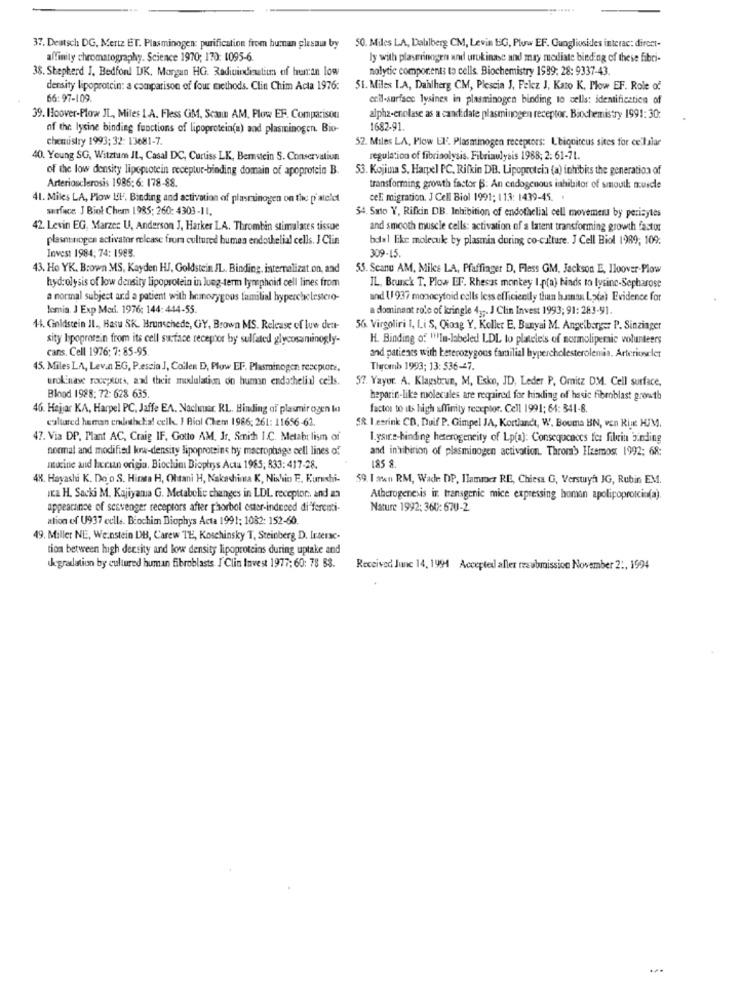
37. Deutsch DG, Mertz ET. Plasminogen: purification from human plesmia by
50. Miles LA, Dahlberg CM, Levin EG, Pluw EF. Cungliosides interac: direct-
affinity chromatography. Science 1970; 170: 1095-6
ly with plasminogen and urokinase and may modiate bieding of these fibri-
38. Shepherd J. Bedfon! DK, Morgan HG. Radiuindnaliu of human low
nolytic compor.ents to cells. Biochemistry 1999: 28: 9337-43.
density lipoprotein: a comparison of four methods. Clin Chim Acta 1976:
51. Miles I.A, Dahlherg CM, Plescia J, Felez J, Kato K. Plow EF. Role of
66: 97-109.
enil-surface lysines in plasminogen binding to cells: identification of
39. Hoover-Plow JL, Miles 1.A. Fless GM, Scan AM. Plow EF. Comparison
alpha-enolase as a candidate plasminogen receptor. Biochemistry 1991: 30:
of the lysine binding functions of lipoprotein(a) and plasminogen. Bio-
1682-91.
chemistry 1993; 32: 13681-7.
52. Miles LA. Plow LI. Plasminogen receptors: Ubiquitous sites for cellalar
40. Young SG, Witztam JL, Casal DC, Curtiss LK, Bemstein S. Conservatiun
regulation of fibrinolysis. Fibriaulysis 1988; 2: 61-71.
of the low density lipoprotein receptur-binding domain of apoprotein B.
53. Kojima S. Harpel PC, Rifkin DB. Lipoprotein (a) inhibis the generation of
Arteriosclerosis 1986; 6: 178-88.
transforming growth factor B: An endogenous inhibitor of smoull: muscle
41. Miles LA, Plow LEI, Binding and activation of plasrunogen on the p'atelet
celi migration. J Cell Biol 1991; 113: 1439-45. .
surface J Biol Chem 1985: 260: 4303-11.
54. Sato Y, Rifkin DB. Inhibition of endothelial cell movemed by perisytes
42. Levin EG, Marzec U, Anderson J, Harker LA. Thrombin stimulates tissue
and smooth muscle cells: activation of a latent transforming growth factor
plasmonogen activator release frora cultured bumes endothelial cells. J Clin
bdal like molecule by plasmia during co-cilture. J Cell Biol 1989; 109:
Invest 1984; 74: 1983.
309-15.
43. Ho YK. Brown MS, Kayden HJ, Goldstein IL. Binding, internalizat.on, and
55. Scanu AM, Miks LA, Pfaffinger D, Fless GM, Jackson E, Iloover-Plow
hydrolysis of low density lipoprotein in long-term lymphoid cell lines from
IL, Brunc'k T. Plow DF. Rhesas monkey I.p(a) finds to lysine-Sepharose
a normal subject and a patient with homozygous familial hypercholestero-
and U 937 monocytoid cells less efficiently than hmt Lxa) Evidence for
lemia. J Exp Med. 1976; 144: 444-55.
dominant role of kringle 43 ;. J Clin Invest 1993; 91: 283-91.
41. Goldstein IL ., Hasu SK. Brunschede, GY, Brown MS. Release of luw dett-
56. Virgoliri I, Li S, Qiong Y, Koller E. Bunyai M. Angelbarger P. Sinzinger
sity bpoprotein from its cell surface receptor by sullated glycosaminogly-
H. Binding of 11'In-labeled LDL to platelets of mormoliperic volunteers
cans. Cell 1976; 7: 85-95.
and patients with heterozygous familial hypercholesterolenia. Arteriosler
45. Miles LA, Levan EG, P.escia J, Collen D, Plow EF. Plasmainogen rescpuare,
Thromb 1993; 13: 536-47.
urokinase roceptors, and their mixulation on human endothelial cells.
57. Yayor. A. Klagsbrun, M, Esko, JD, Leder P. Omitz DM. Cell surface,
Blood 1928: 72: 628 635.
heparin-like tuolecuales are required for hiading of basic fibroblast growth
46. Hejar KA, Harpel PC, Jaffe EA. Nachmuar. RL. Binding of plasmir ogen la
factos to its high affinity receptor. Cell 1991; 64: 341-8.
caltured hernan endethelia! eelk. I Biol Chem 1986; 261: 11656-62.
SR. I.esrink CD, Duif P. Gimpel JA, Kortlandt, W. Bouma BN, ven Kijkt HJM.
47. Via DP, Mant AC, Craig IF, Gotto AM, Jr. Smith I.C. Metabolism of
I.ysirs-binding heterogeneity of Lp(a): Consequences fer fibrin binding
normal and modified korw-density lipoproteins by macrophage cell lines of
and inhibirion of plasminogen activation. Throm'> Hzemos 1992; 68:
185 8.
mucine and herun origin. Biochim Bioptrys Actu 1985; 833: 417-28.
48. Hayashi K. Do o S. Hirata H, Ohtani H, Nakachina K, Nishio E. Kuruchi-
59. I aten RM, Wade DP, Ilammer RE, Chiesa G, Verstuya JG, Rubin EM.
wca H. Sacki M, Kajiyama G. Metabolic changes in LDL receptor ., and an
Atherogenesis in transgenic mice expressing human apolipoprotein(a).
appearance of scavenger receptors after phorbol ester-indeed di ferenti-
Nature 1992: 360: 670-2
ation of U937 cells. Biochim Diophys Acta 1991: 1082: 152-60.
49. Miller NE, We.nstein DB, Carew TE, Koschinsky T, Steinberg, D. Izerse-
tion between high density and low density lipoproteins during uptake and
kgrelation by cultured human fibroblasts I'Clin Invest 1977: 60: 78 88.
Received June 14, 1994 Accepted aller resubmission November 2 :, 1994
...